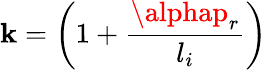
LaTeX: \mathbf{k}=\left(1+\frac{{\alphap_{r}}}{{l_{i}}}\right)